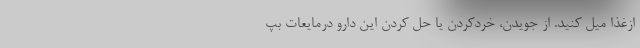
ازغذا میل کنید. از جویدن، خردکردن یا حل کردن این دارو درمایعات بپ